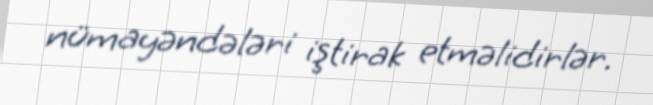
nümayəndələri iştirak etməlidirlər.